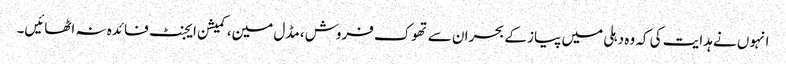
انہوں نے ہدایت کی کہ وہ دہلی میں پیاز کے بحران سے تھوک فروش، مڈل مین، کمیشن ایجنٹ فائدہ نہ اٹھائیں۔